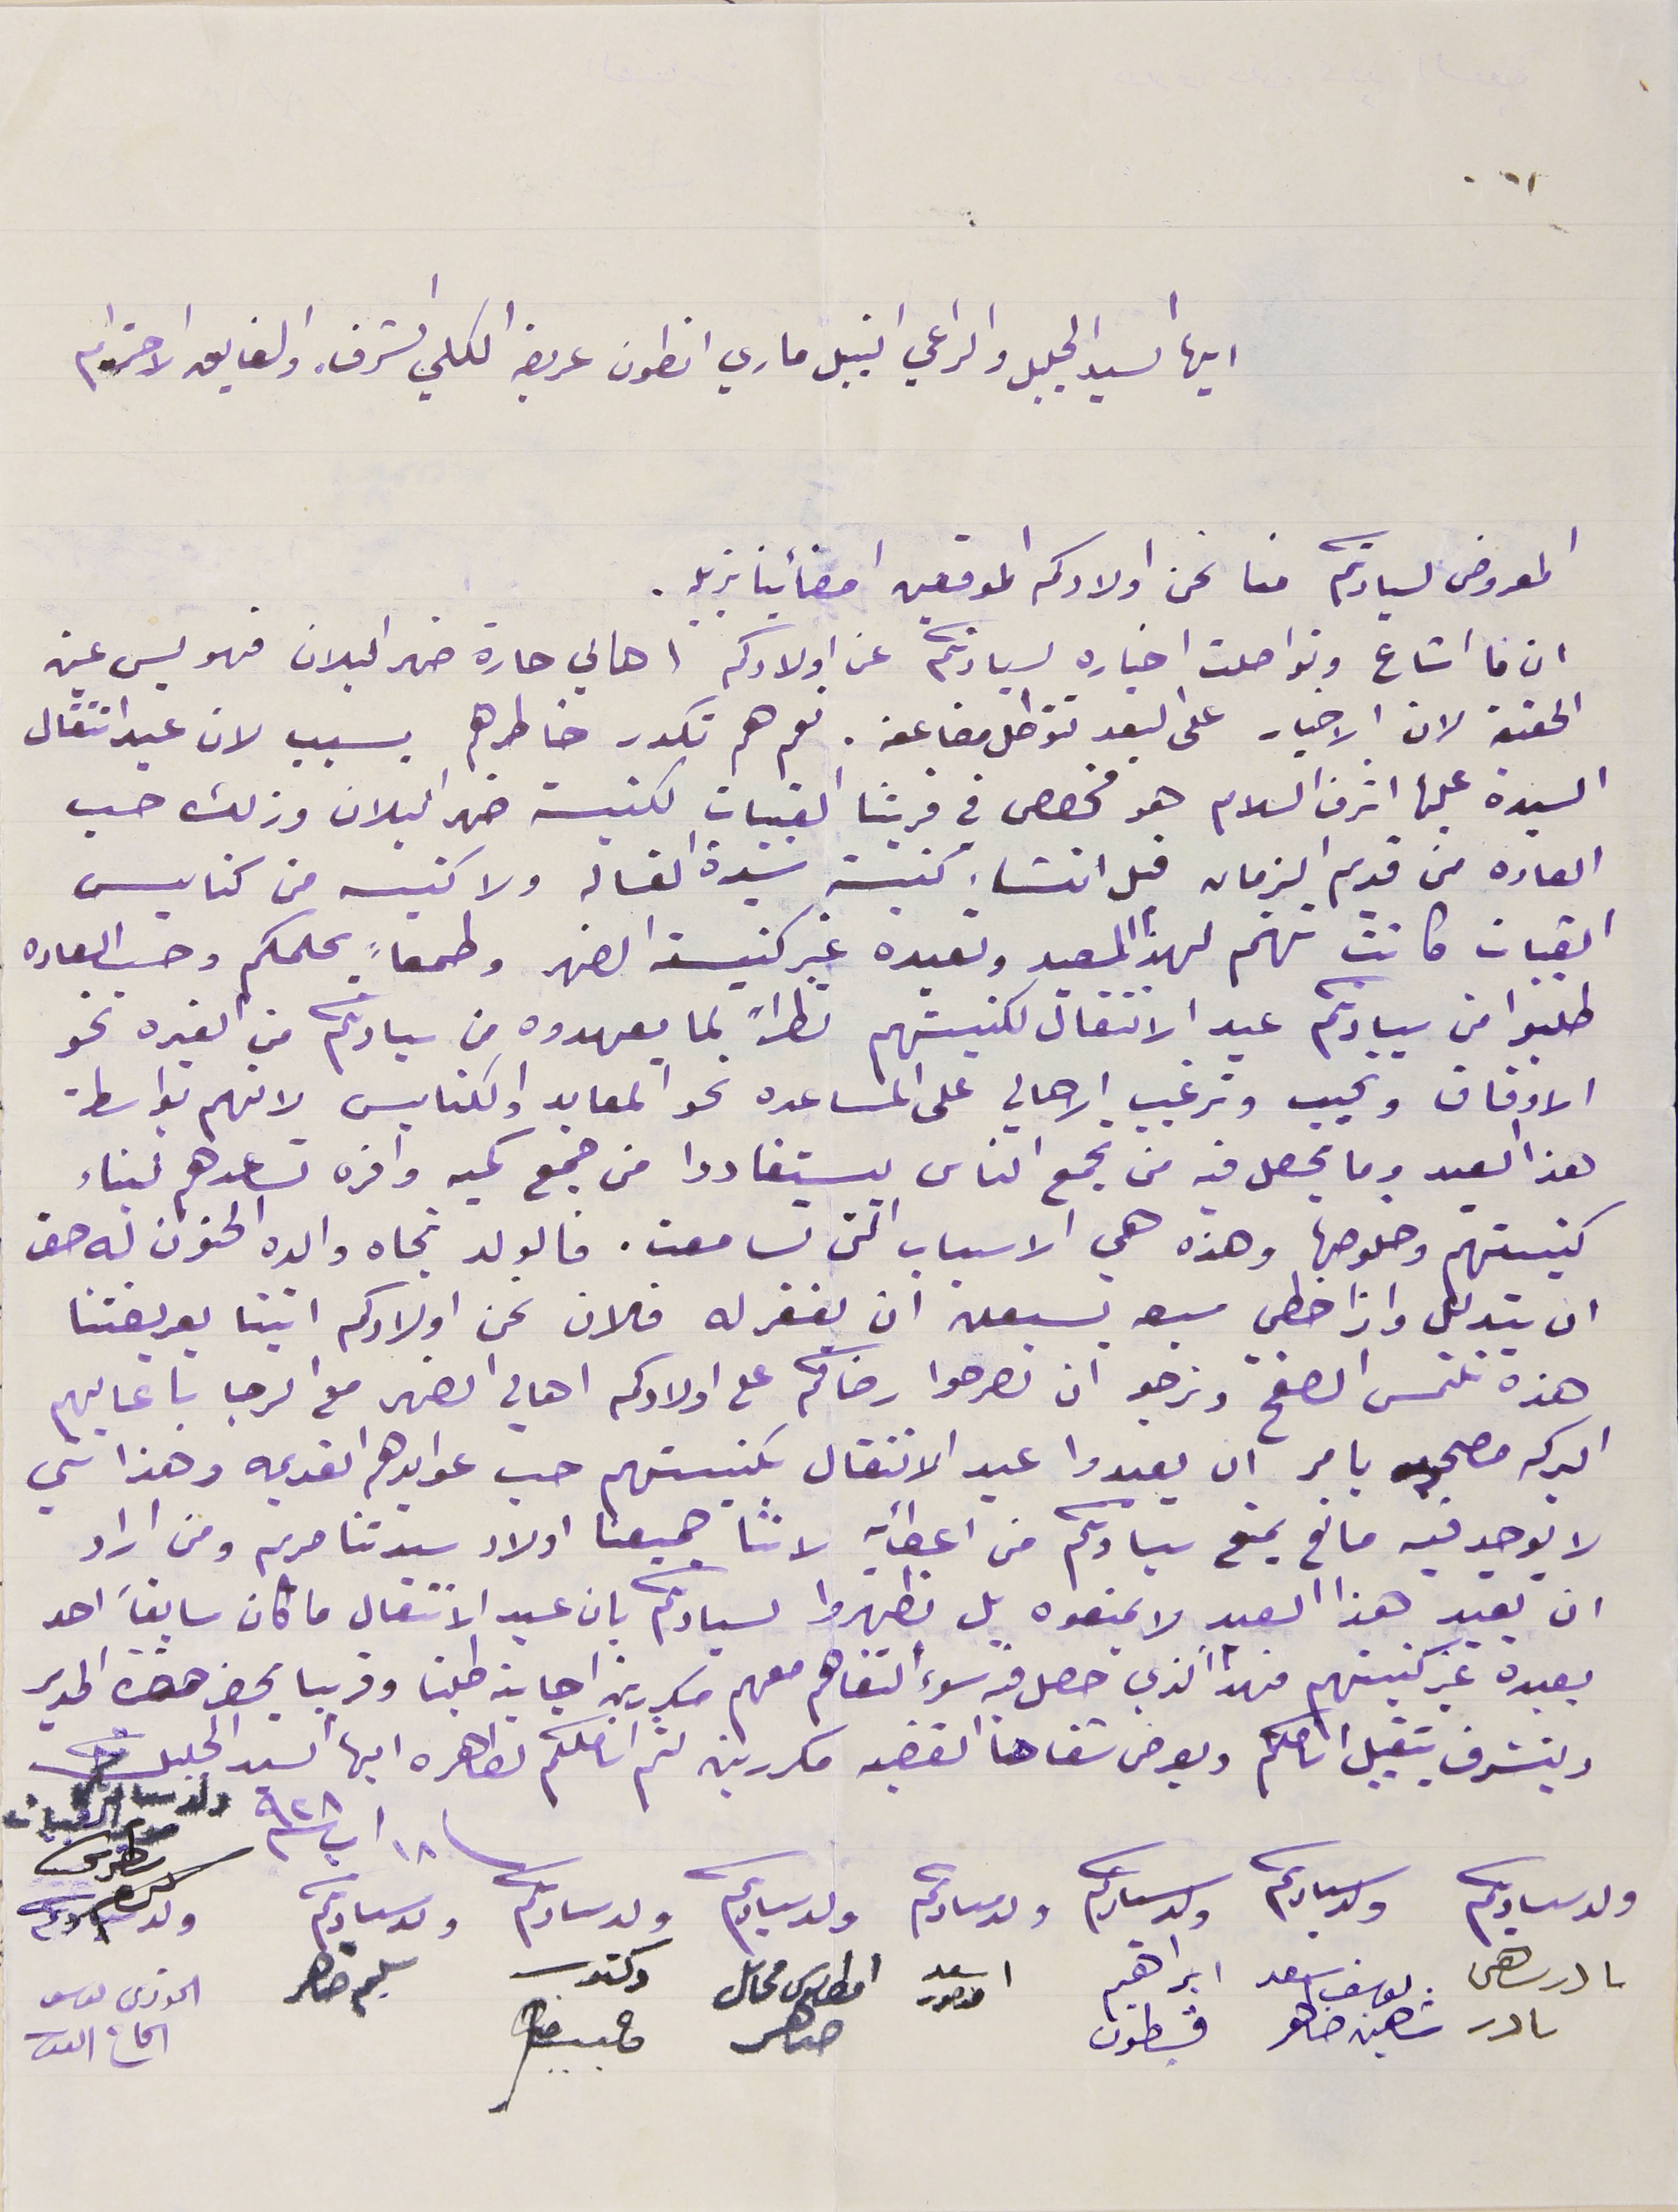
ايها السيد الجليل والراعي النبيل ماري انطون عريضه الكلي الشرف والفايق الاحترام
المعروض لسيادتكم منا نحن اولادكم الموقعين امضائيا بزيله .
ان ما اشاع وتواصلت اخباره لسيادتكم عن اولادكم اهالي حارة ضهر البلان فهو ليس عن
الحقيقة لان الاخبار على البعد تتواصل مضاعفه . نعم هم تكدر خاطرهم بسبب لان عيد انتقال
السيدة عليها اشرف السلام هو مخصص في قريتنا القبيات لكنيسة ضهر البلان وذلك حسب
العاده من قديم الزمان قبل انشاء كنيسة سَيدة الغساله ولا كنيسه من كنايس
القبيات كانت تهتم لهذا العيد وتعيده غير كنيسة الضهر وطمعاً بحلمكم وحسب العاده
طلبوا من سيادتكم عيد الانتقال لكنيستهم نظراً بما يعهدوه من سيادتكم من الغيره نحو
الاوقاف ونجيب وترغيب الاهالي على المساعده نحو المعابد والكنايس لانهم بواسطة
هذا العيد وما يحصل فيه من تجمع الناس ليستفادوا من جمع كميه وافره تساعدهم لبناء
كنيستهم وخلوصها وهذه هي الاسباب التى تسامعت. فالولد تجاه والده الحنون له حق
ان يتدلل واذا خطي سبعه تسعين ان نغفر له فلان نحن اولادكم اتينا بعريضتنا
هذه نلتمس الصفح ونرجو ان تصرحوا رضاكم على اولادكم اهالي الضهر مع الرجا باعايهم
البركه مصحبه بامر ان يعيدوا عيد الانتقال بكنيستهم حسب عوايدهم القديمه وهذا شي
لا يوجد فيه مانع يمنع سيادتكم من اعطائه لاننا جميعنا اولاد سيدتنا مريم ومن اراد

ان يعيد هذا العيد لا يمنعوه بل يظهروا لسيادتكم بان عيد الانتقال ما كان سابقاً احد
يعيده غير كنيستهم فهذا الذي حصل فيه سوء التفاهم معهم مكررين اجابة طلبنا وقريبا يحضر حضرة المدير
ويتشرف بتقبيل اناملكم ويعرض شفاهنا القضيه مكررين لثم اناملكم الطاهره اليها السيد الجليل
 الخوري يوسف الحاج
١٨ اب سنة ٩٢٨ ولد سيادتكم مدبر القبيات بطرس كرم ولد سيادتكم
ولد سيادتكم ىادر ساهىن ىادر
ولد سيادتكم يوسف سعد شاهين ضاهر
ولد سيادتكم ابراهيم قسطون
ولد سيادتكم اسعد منصور
ولد سيادتكم امطانوس محاىل صاهر
ولد سيادتكم دكتور حبيب ضاهر
ولد سيادتكم سليم ضاهر